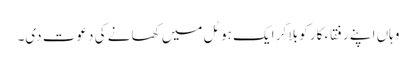
وہاں اپنے رفقاء کار کو بلا کر ایک ہوٹل میں کھانے کی دعوت دی۔